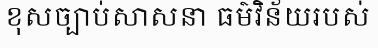
ខុសច្បាប់សាសនា ធម៌វិន័យរបស់